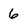
Character: 6